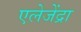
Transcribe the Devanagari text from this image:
एलेजेंद्रा